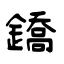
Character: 鐈